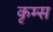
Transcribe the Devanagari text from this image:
कृम्स